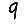
Digit: 9